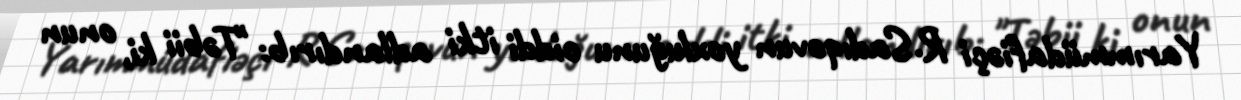
Yarımmüdafiəçi R.Sadıqovun yoxluğunu ciddi itki adlandırıb: "Təbii ki, onun